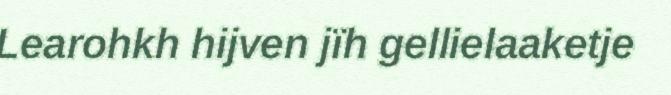
Learohkh hijven jïh gellielaaketje